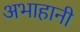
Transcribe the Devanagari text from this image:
अभाहानी